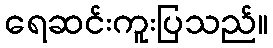
ရေဆင်းကူးပြသည်။